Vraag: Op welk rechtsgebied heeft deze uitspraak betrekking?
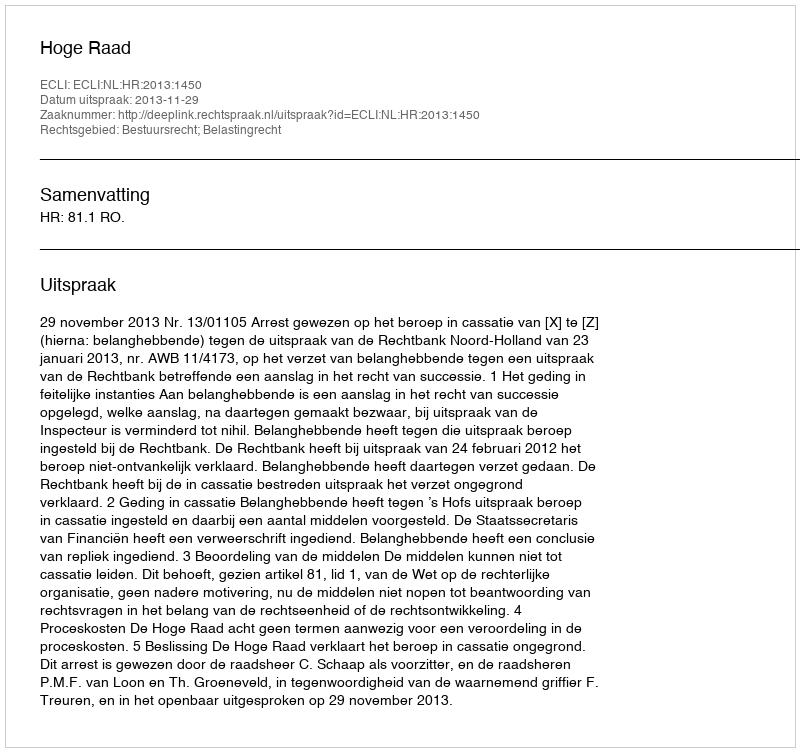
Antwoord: Bestuursrecht; Belastingrecht